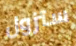
ستزول